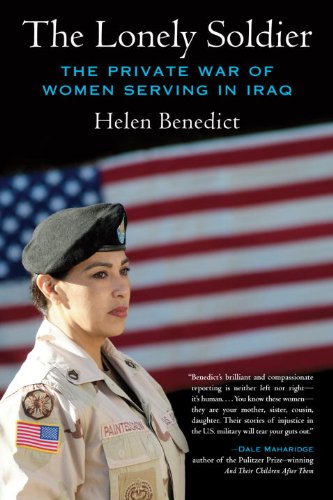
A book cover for The Lonely Soldier: The Private War of Women Serving in Iraq; Helen Benedict; Politics & Social Sciences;